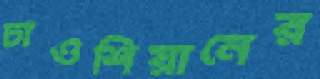
চাওশিয়ানের